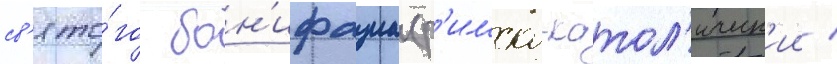
св'ято́го бон'ифациа (р'имско-катол'ическ'ии /